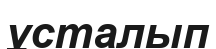
ұсталып